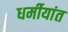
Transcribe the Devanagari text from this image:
धर्मीयांत